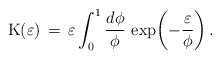
\begin{align*}{\rm K}(\varepsilon) \,=\, \varepsilon \int_0^1 \frac{d\phi}{\phi}\, \exp{\!\left(-\frac{\varepsilon}{\phi}\right)}\,.\end{align*}